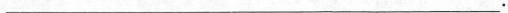
___.